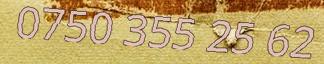
0750 355 25 62